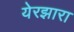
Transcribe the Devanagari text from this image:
येरझारा